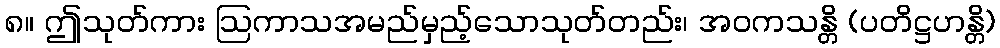
၈။ ဤသုတ်ကား ဩကာသအမည်မှည့်သောသုတ်တည်း၊ အဝကသန္တိ (ပတိဋ္ဌဟန္တိ)